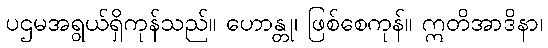
ပဌမအရွယ်ရှိကုန်သည်။ ဟောန္တု၊ ဖြစ်စေကုန်။ ဣတိအာဒိနာ၊